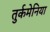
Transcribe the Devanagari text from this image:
तुर्कमेनिया